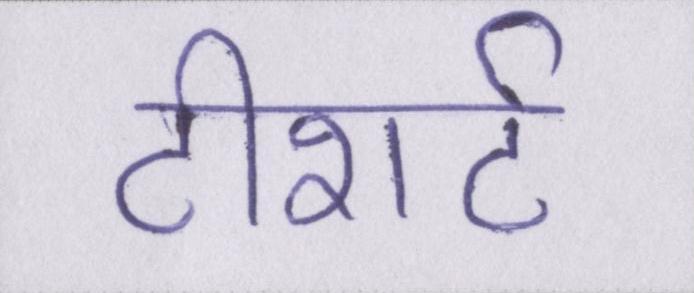
टीशर्ट